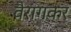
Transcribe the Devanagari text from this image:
वैरागकर